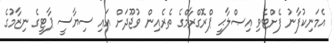
އެމަނިކުފާނު ފެށްޓެވި އިޞްލާޙީ ޕްރޮގްރާމްގެ ތެރެއިން ވުޖޫދަށް އައި ސިޔާސީ ޕާޓީގެ ނިޒާމުގެ